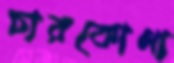
চারকোণা